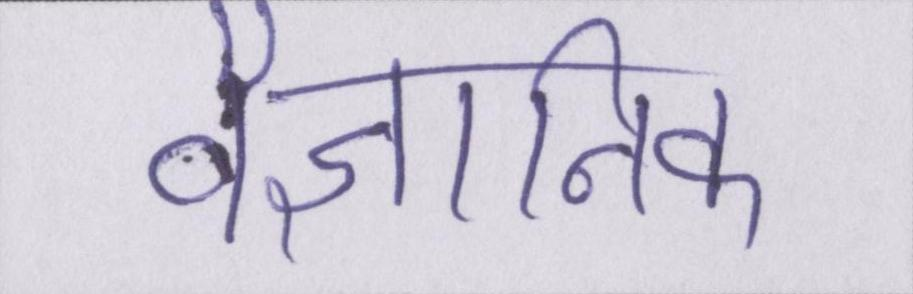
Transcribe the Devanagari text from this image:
वैज्ञानिक